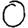
Digit: 0